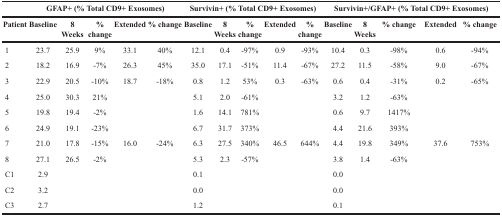
|  | <COLSPAN=5> GFAP+ (% Total CD9+ Exosomes) | <COLSPAN=5> Survivin+ (% Total CD9+ Exosomes) | <COLSPAN=5> Survivin+/GFAP+ (% Total CD9+ Exosomes) |
 | --- | --- | --- | --- | --- | --- | --- | --- | --- | --- | --- | --- | --- | --- | --- | --- |
 | Patient | Baseline | 8 Weeks | % change | Extended | % change | Baseline | 8 Weeks | % change | Extended | % change | Baseline | 8 Weeks | % change | Extended | % change |
 | 1 | 23.7 | 25.9 | 9% | 33.1 | 40% | 12.1 | 0.4 | −97% | 0.9 | −93% | 10.4 | 0.3 | −98% | 0.6 | −94% |
 | 2 | 18.2 | 16.9 | −7% | 26.3 | 45% | 35.0 | 17.1 | −51% | 11.4 | −67% | 27.2 | 11.5 | −58% | 9.0 | −67% |
 | 3 | 22.9 | 20.5 | −10% | 18.7 | −18% | 0.8 | 1.2 | 53% | 0.3 | −63% | 0.6 | 0.4 | −31% | 0.2 | −65% |
 | 4 | 25.0 | 30.3 | 21% |  |  | 5.1 | 2.0 | −61% |  |  | 3.2 | 1.2 | −63% |  |  |
 | 5 | 19.8 | 19.4 | −2% |  |  | 1.6 | 14.1 | 781% |  |  | 0.6 | 9.7 | 1417% |  |  |
 | 6 | 24.9 | 19.1 | −23% |  |  | 6.7 | 31.7 | 373% |  |  | 4.4 | 21.6 | 393% |  |  |
 | 7 | 21.0 | 17.8 | −15% | 16.0 | −24% | 6.3 | 27.5 | 340% | 46.5 | 644% | 4.4 | 19.8 | 349% | 37.6 | 753% |
 | 8 | 27.1 | 26.5 | −2% |  |  | 5.3 | 2.3 | −57% |  |  | 3.8 | 1.4 | −63% |  |  |
 | C1 | 2.9 |  |  |  |  | 0.1 |  |  |  |  | 0.0 |  |  |  |  |
 | C2 | 3.2 |  |  |  |  | 0.0 |  |  |  |  | 0.0 |  |  |  |  |
 | C3 | 2.7 |  |  |  |  | 1.2 |  |  |  |  | 0.1 |  |  |  |  |